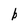
Character: b